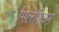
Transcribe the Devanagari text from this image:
मिलेमियम